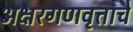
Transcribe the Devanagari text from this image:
अक्षरगणवृत्ताचे